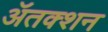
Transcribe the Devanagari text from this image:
ॲतक्शन